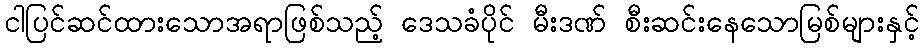
ငါပြင်ဆင်ထားသောအရာဖြစ်သည့် ဒေသခံပိုင် မီးဒဏ် စီးဆင်းနေသောမြစ်များနှင့်